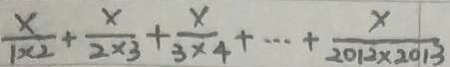
\frac { x } { 1 \times 2 } + \frac { x } { 2 \times 3 } + \frac { x } { 3 \times 4 } + \cdots + \frac { x } { 2 0 1 2 \times 2 0 1 3 }